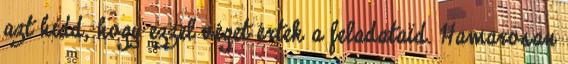
azt hidd, hogy ezzel véget értek a feladataid. Hamarosan